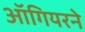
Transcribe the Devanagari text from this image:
ऑगियरने